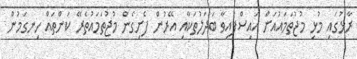
ރާޅުގައި މުޅި މުޖުތަމައުއަށް އައިސްފައިވާ ބަދަލުތަކާއި އޭރުން ފެށިގެން މުޖުތަމައުތެރޭ ކަންތައް ހިނގަމުން